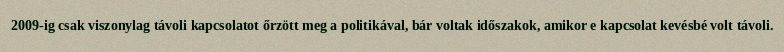
2009-ig csak viszonylag távoli kapcsolatot őrzött meg a politikával, bár voltak időszakok, amikor e kapcsolat kevésbé volt távoli.